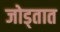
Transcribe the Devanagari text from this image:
जोड्तात